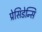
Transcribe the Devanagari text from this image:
प्रेसिडेन्सि